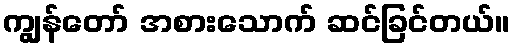
ကျွန်တော် အစားသောက် ဆင်ခြင်တယ်။